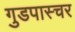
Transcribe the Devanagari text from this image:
गुडपास्चर